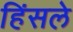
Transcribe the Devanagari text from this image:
हिंसले